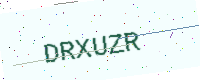
Text: DRXUZR